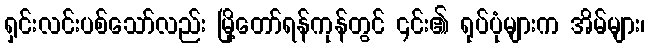
ရှင်းလင်းပစ်သော်လည်း မြို့တော်ရန်ကုန်တွင် ၎င်း၏ ရုပ်ပုံများက အိမ်များ၊